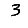
Digit: 3